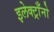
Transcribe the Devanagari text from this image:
इलेक्ट्राँनो